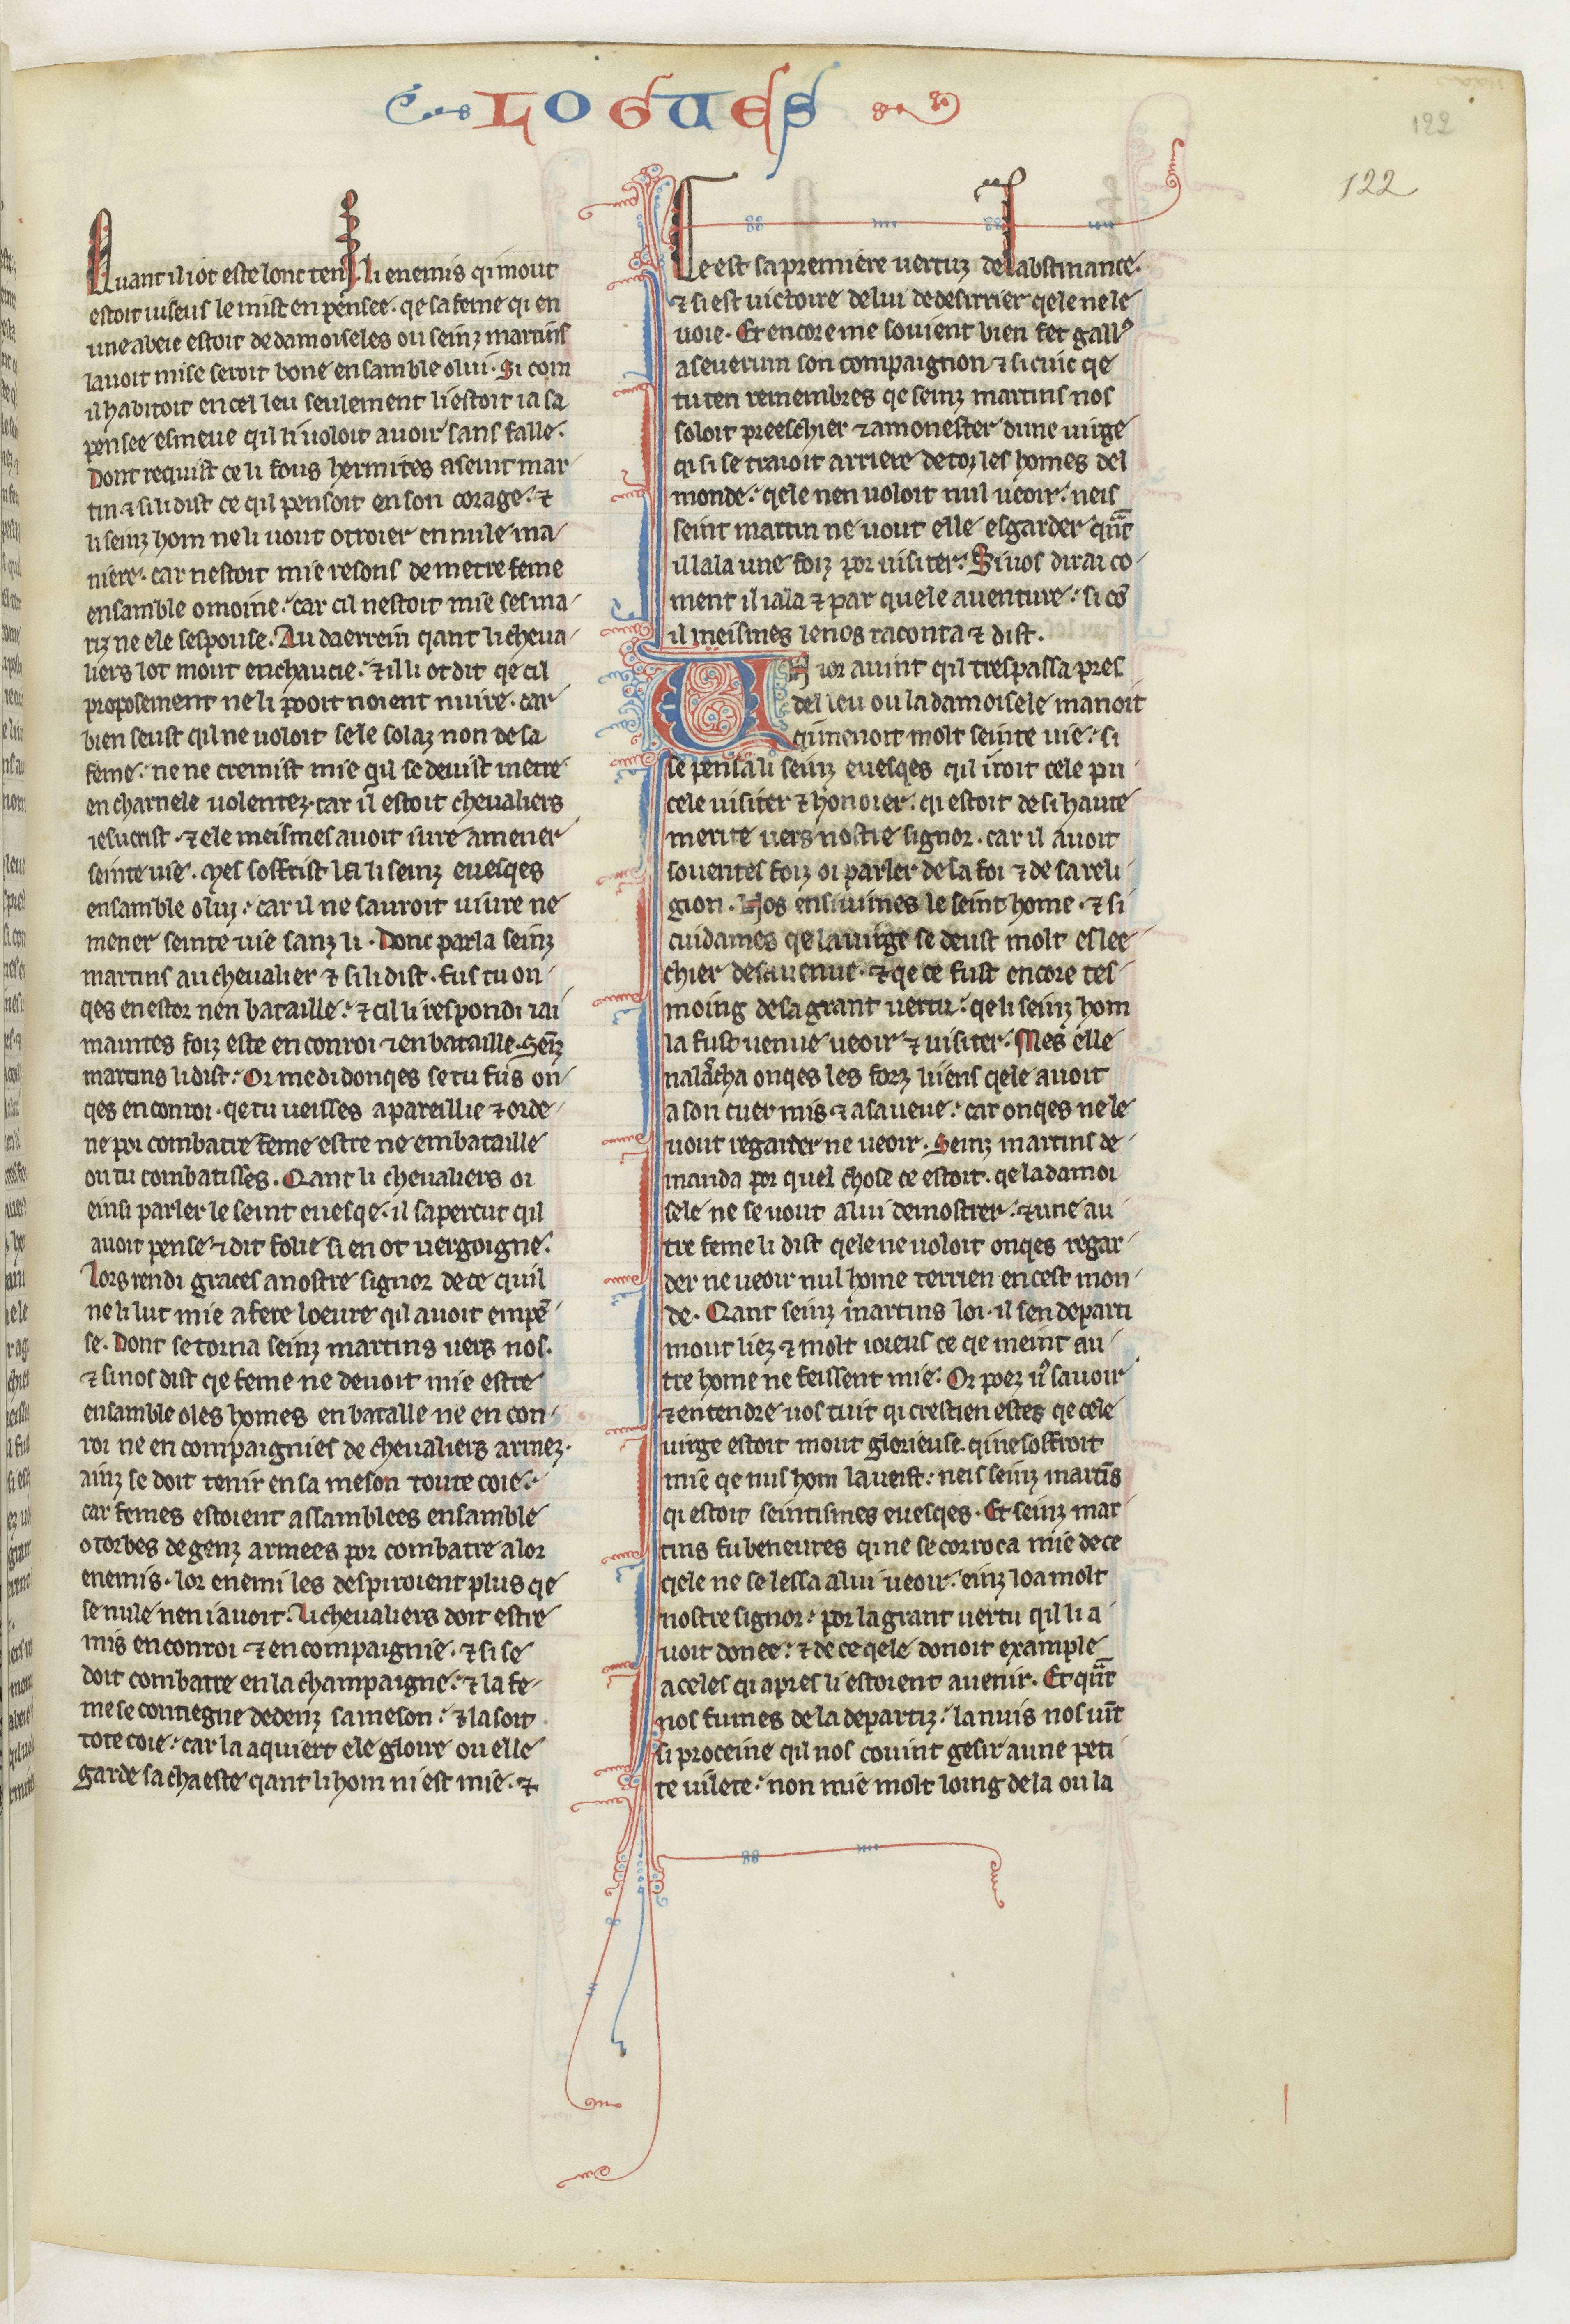
Shelfmark: Paris, BnF, fr. 412
Century: 13